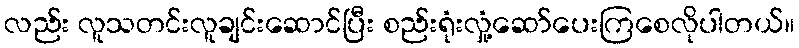
လည်း လူသတင်းလူချင်းဆောင်ပြီး စည်းရုံးလှုံ့ဆော်ပေးကြစေလိုပါတယ်။